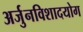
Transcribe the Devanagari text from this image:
अर्जुनविशादयोग